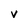
Character: V